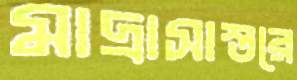
মাদ্রাসাস্তরে